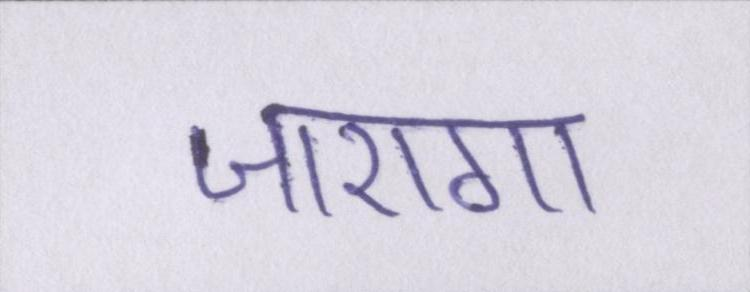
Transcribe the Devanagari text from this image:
जाएगा